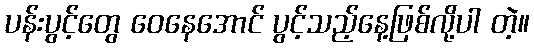
ပန်းပွင့်တွေ ဝေနေအောင် ပွင့်သည့်နေ့ဖြစ်လို့ပါ တဲ့။